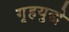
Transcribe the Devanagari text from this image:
गृहयुद्धे